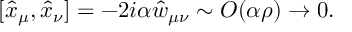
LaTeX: [ \hat { x } _ { \mu } , \hat { x } _ { \nu } ] = - 2 i \alpha \hat { w } _ { \mu \nu } \sim O ( \alpha \rho ) \rightarrow 0 .